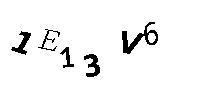
1E13V6